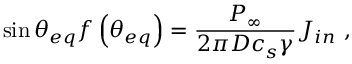
\sin \theta _ { e q } f \left( \theta _ { e q } \right) = \frac { { { P } _ { \infty } } } { 2 \pi D { { c } _ { s } } \gamma } { { J } _ { i n } } ~ ,